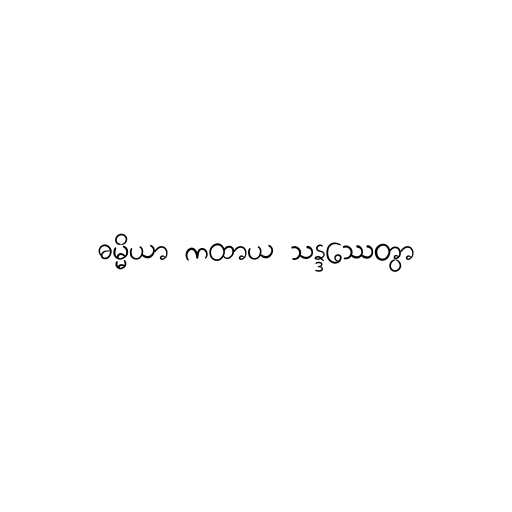
ဓမ္မိယာ ကထာယ သန္ဒဿေတွာ